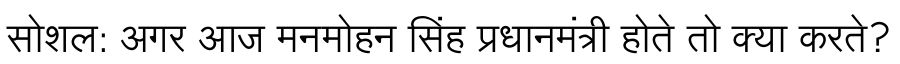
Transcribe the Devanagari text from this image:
सोशल: अगर आज मनमोहन सिंह प्रधानमंत्री होते तो क्या करते?